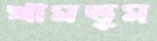
থামতুম